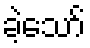
ခဲ့သော်